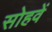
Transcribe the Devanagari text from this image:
सोहवें